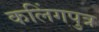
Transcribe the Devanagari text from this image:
कलिंगपुत्र